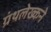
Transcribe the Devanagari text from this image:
ग्रंथलेख्कने